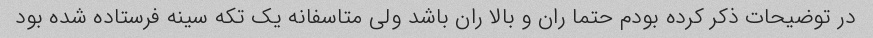
در توضیحات ذکر کرده بودم حتما ران و بالا ران باشد ولی متاسفانه یک تکه سینه فرستاده شده بود